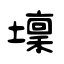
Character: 壈